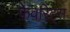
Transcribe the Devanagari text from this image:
फेवरिट्स